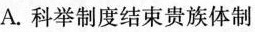
A.科举制度结束贵族体制